Vabadussoja_Ajaloo_Komitee, lk 30
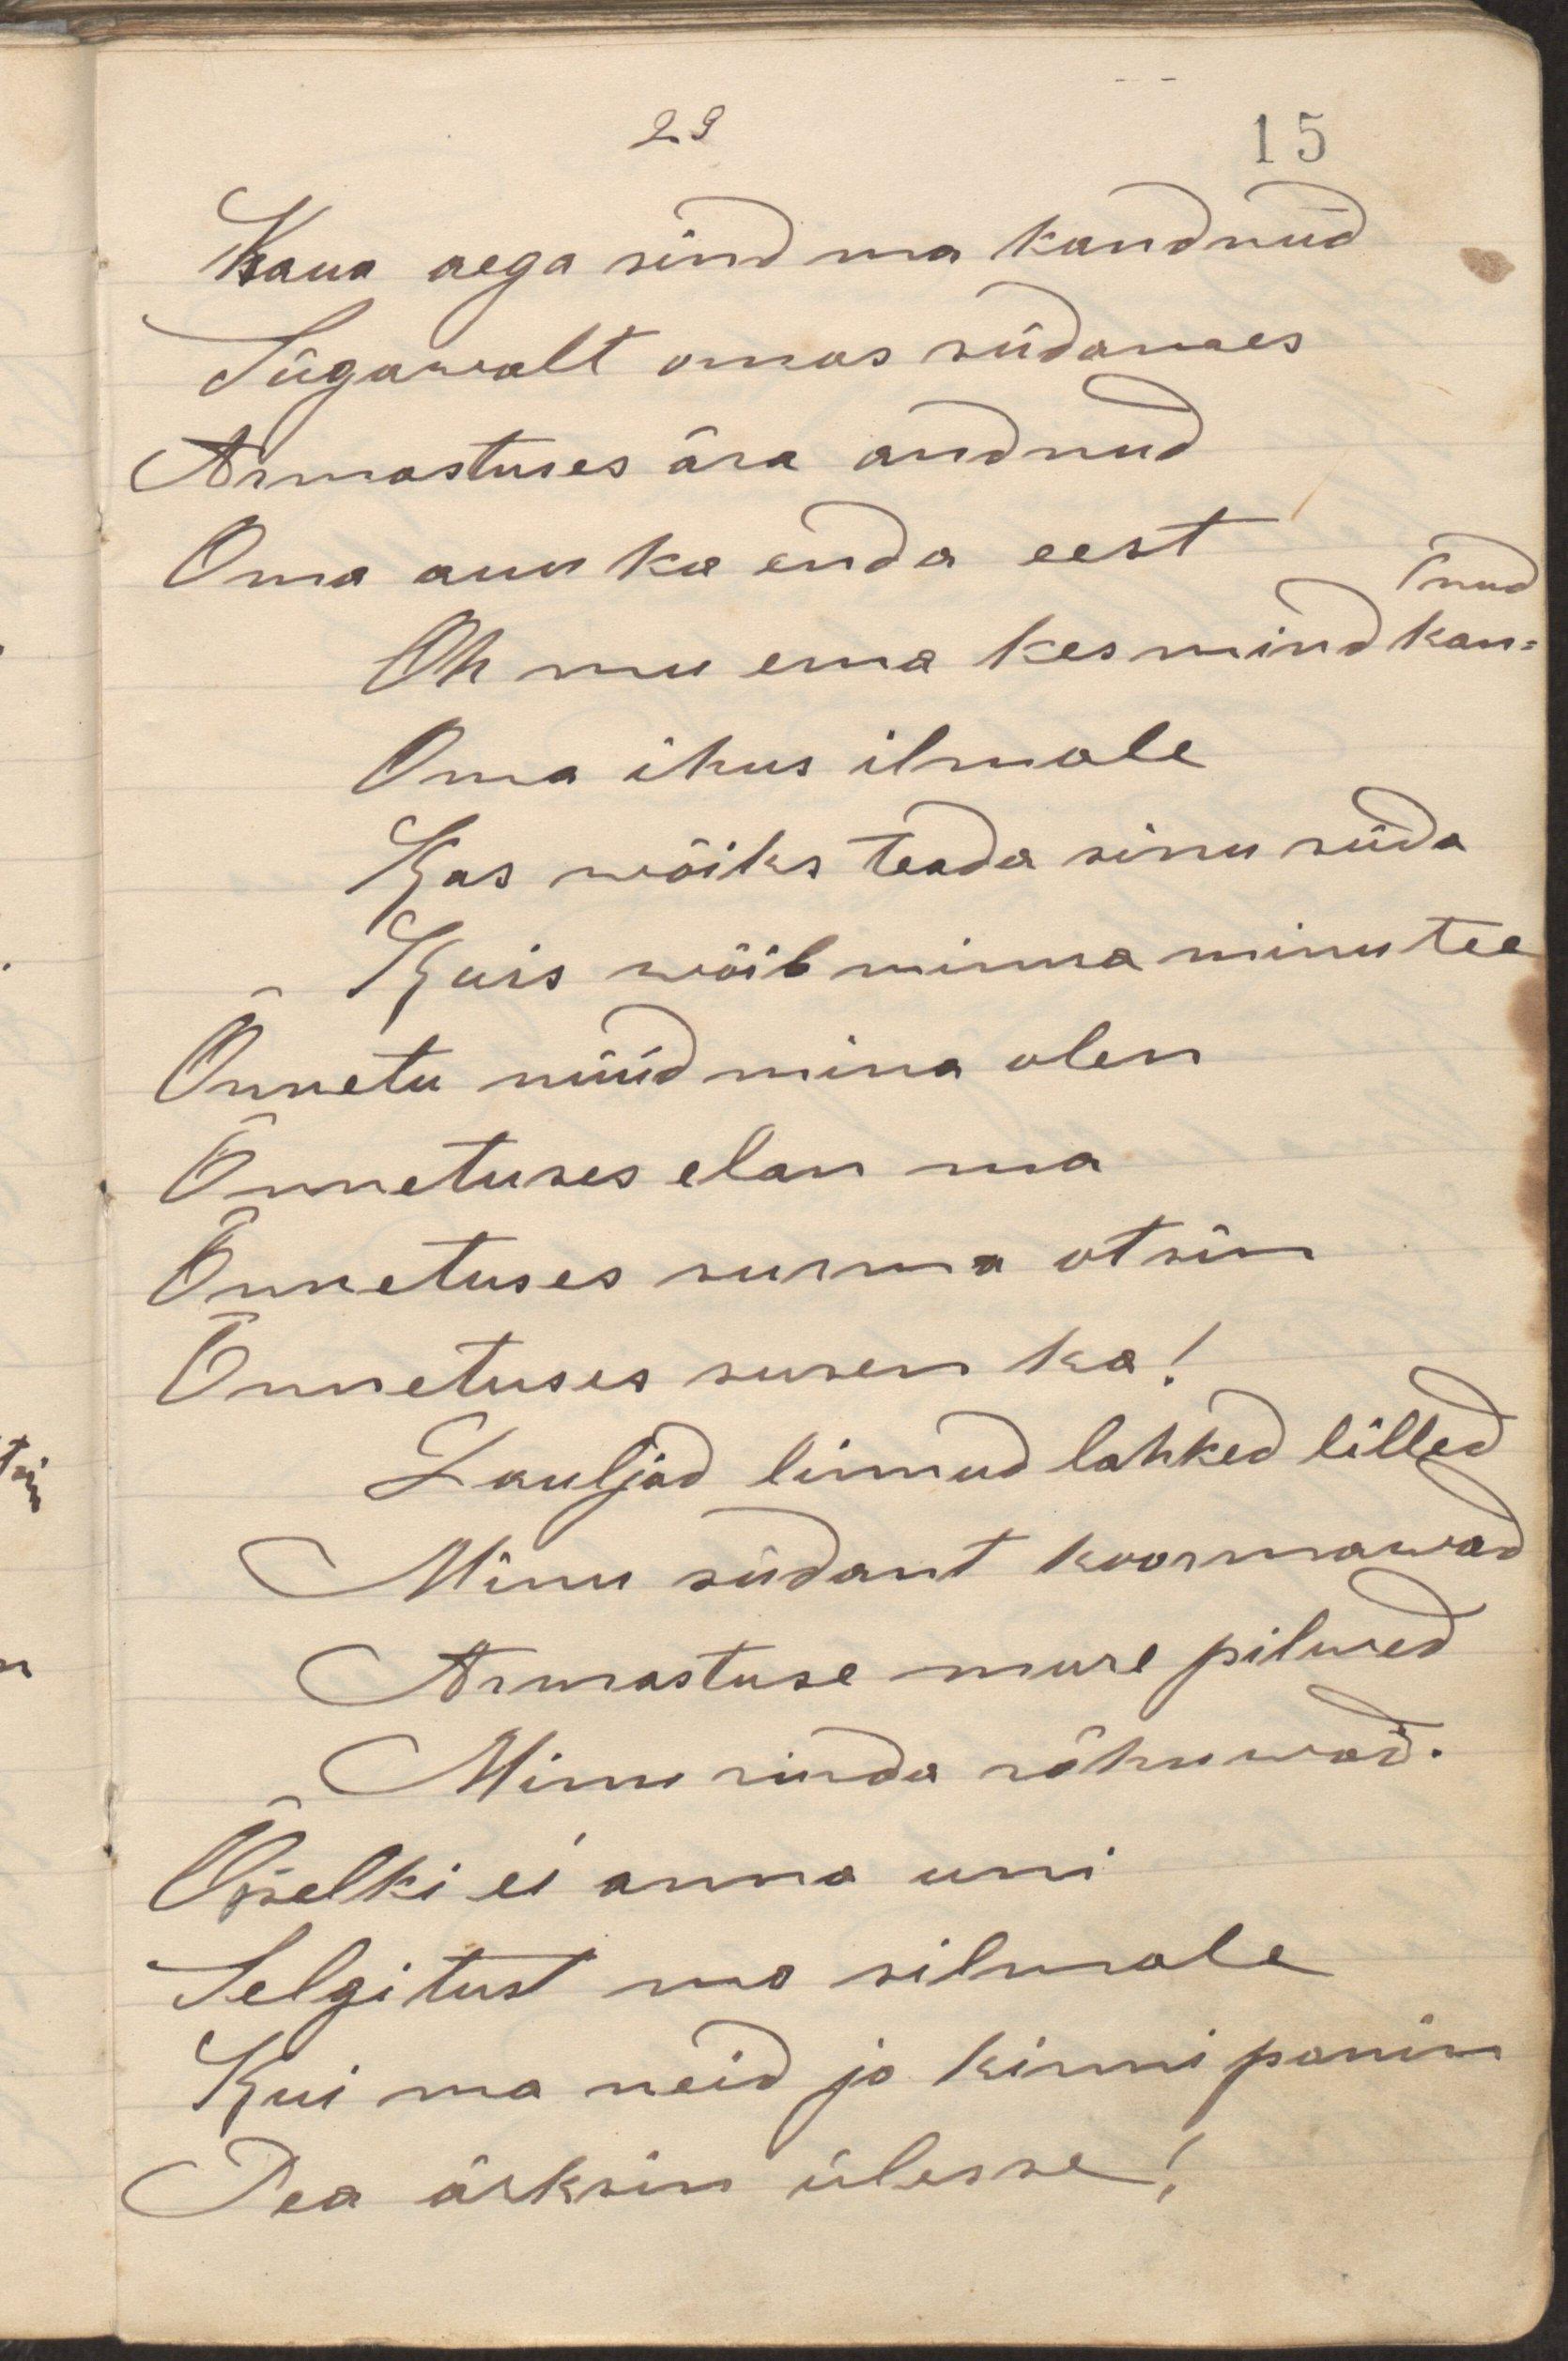
Kaua aega sind ma kandnudSügawalt omas südamesArmastuses ära andnudOma auu ka enda eestOh mu ema kes mind kandnudOma ihus ilmaleKus wõiks teada sinu südaKuis võib minna minu teeÕnnetu nüüd mina olenÕnnetuses elan maÕnnetuses surma otsinÕnnetuses suren ka!Lauljad linnud lahked lilledMinu südant koormawadArmastuse mure pilwedMinu rinda rõhuwad.Ööselki ei anna uniSelgitust mu silmaleKui ma neid ju kinni panin Pea ärksin ülesse!